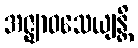
အဇ္ဈာဝသေယျန္တိ